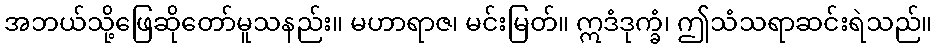
အဘယ်သို့ဖြေဆိုတော်မူသနည်း။ မဟာရာဇ၊ မင်းမြတ်။ ဣဒံဒုက္ခံ၊ ဤသံသရာဆင်းရဲသည်။